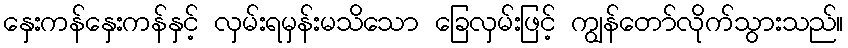
နှေးကန်နှေးကန်နှင့် လှမ်းရမှန်းမသိသော ခြေလှမ်းဖြင့် ကျွန်တော်လိုက်သွားသည်။